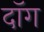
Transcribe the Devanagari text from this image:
दॉग